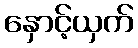
နှောင့်ယှက်